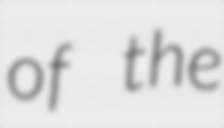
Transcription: of the